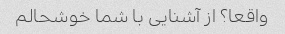
واقعا؟ از آشنایی با شما خوشحالم